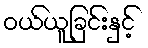
ဝယ်ယူခြင်းနှင့်